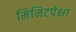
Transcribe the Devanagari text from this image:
मिनिटपेक्षा